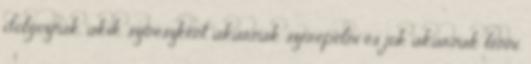
dolgoznak, akik színészként akarnak szerepelni és jók akarnak lenni.